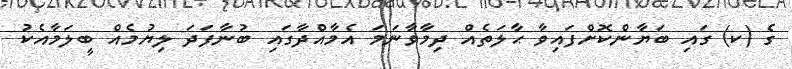
ގެ (ކ) ގައި ބަޔާންކޮށްފައިވާ ޙާލަތެއް ދިމާވާނަމަ އެމާއްދާގައި ބުނާފަދަ ލިޔުމެއް ބީލަމާއެކު